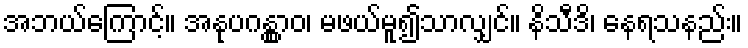
အဘယ်ကြောင့်။ အနုပဂန္တွာဝ၊ မဖယ်မူ၍သာလျှင်။ နိသီဒိ၊ နေရသနည်း။